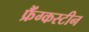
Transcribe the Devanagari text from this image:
फ्रैंग्कस्टीन